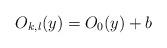
LaTeX: \begin{align*}O_{k,l}(y)=O_0(y)+b\end{align*}